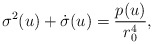
\begin{align*}\sigma^2(u) + \dot{\sigma}(u) = \frac{p(u)}{r_0^4},\end{align*}